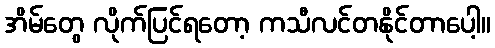
အိမ်တွေ လိုက်ပြင်ရတော့ ကသီလင်တနိုင်တာပေါ့။